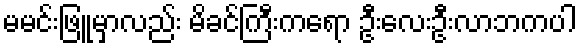
မမင်းဖြူမှာလည်း မိခင်ကြီးကရော ဦးလေးဦးလာဘကပါ